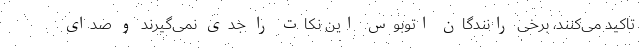
تاکید می‌کنند، برخی رانندگان اتوبوس این نکات را جدی نمی‌گیرند و صدای